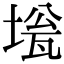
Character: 𡍻